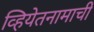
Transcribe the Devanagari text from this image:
व्हियेतनामाची